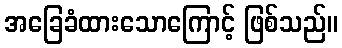
အခြေခံထားသောကြောင့် ဖြစ်သည်။